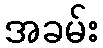
အခမ်း